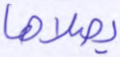
يصلاها